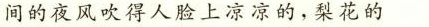
间的夜风吹得人脸上凉凉的，梨花的